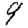
Digit: 9